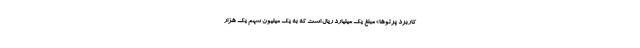
کاربرد پرتوها» مبلغ یک میلیارد ریال است که به یک میلیون سهم یک هزار